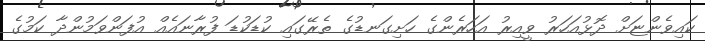
ކައިވެންޏަށް ދޮޅުއަހަރު ވީއިރު އަހަރެންގެ ހަށިގަނޑުގެ ތެރޭގައި ކުޑަކުޑަ ފުރާނައެއް އުފަންވަމުންދާ ކަމުގެ